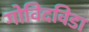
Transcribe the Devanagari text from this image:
गोविदविडा